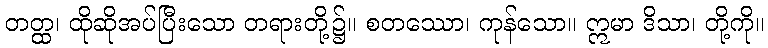
တတ္ထ၊ ထိုဆိုအပ်ပြီးသော တရားတို့၌။ စတဿော၊ ကုန်သော။ ဣမာ ဒိသာ၊ တို့ကို။